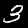
Digit: 3